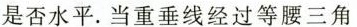
是否水平.当重垂线经过等腰三角